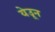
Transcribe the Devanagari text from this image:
येउून